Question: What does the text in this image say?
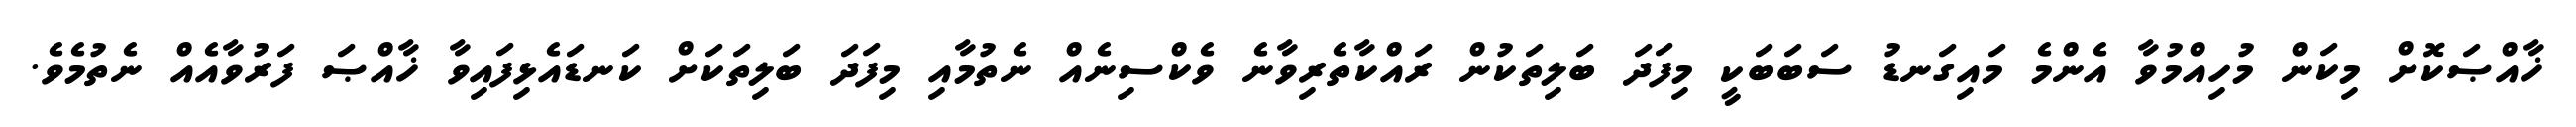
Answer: ޚާއްޞަކޮށް މިކަން މުހިއްމުވާ އެންމެ މައިގަނޑު ސަބަބަކީ މިފަދަ ބަލިތަކުން ރައްކާތެރިވާނެ ވެކްސިނެއް ނެތުމާއި މިފަދަ ބަލިތަކަށް ކަނޑައެޅިފައިވާ ޚާއްޞަ ފަރުވާއެއް ނެތުމެވެ.